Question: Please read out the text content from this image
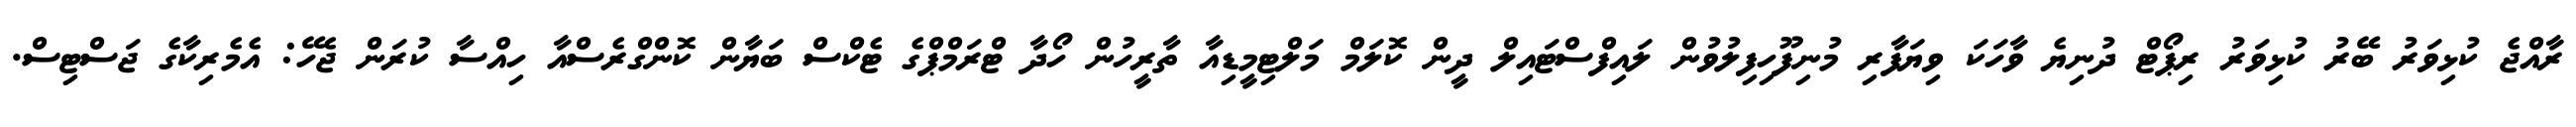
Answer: ރާއްޖެ ކުޅިވަރު ބޭރު ކުޅިވަރު ރިޕޯޓް ދުނިޔެ ވާހަކަ ވިޔަފާރި މުނިފޫހިފިލުވުން ލައިފްސްޓައިލް ދީން ކޮލަމް މަލްޓިމީޑިއާ ތާރީހުން ހޯދާ ޓްރަމްޕްގެ ޓެކްސް ބަޔާން ކޮންގްރެސްއާ ހިއްސާ ކުރަން ޖެހޭ: އެމެރިކާގެ ޖަސްޓިސް.